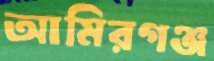
আমিরগঞ্জ